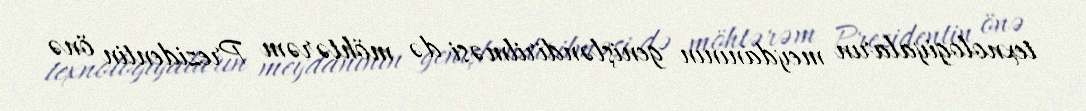
texnologiyaların meydanının genişləndirilməsi də möhtərəm Prezidentin önə